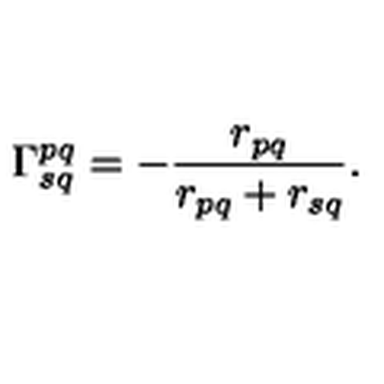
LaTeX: \Gamma _ { s q } ^ { p q } = - \frac { r _ { p q } } { r _ { p q } + r _ { s q } } .